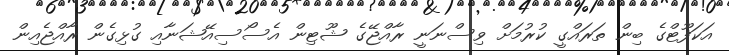
އަކަފޫޓްގެ ބިން ތަރައްގީ ކުރުމަށް ވިސްނަނީ ރާއްޖޭގެ ޝޫޓިން އެސޯސިއޭޝަނާއި ގުޅިގެން ރާއްޖެއިން